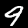
Digit: 9